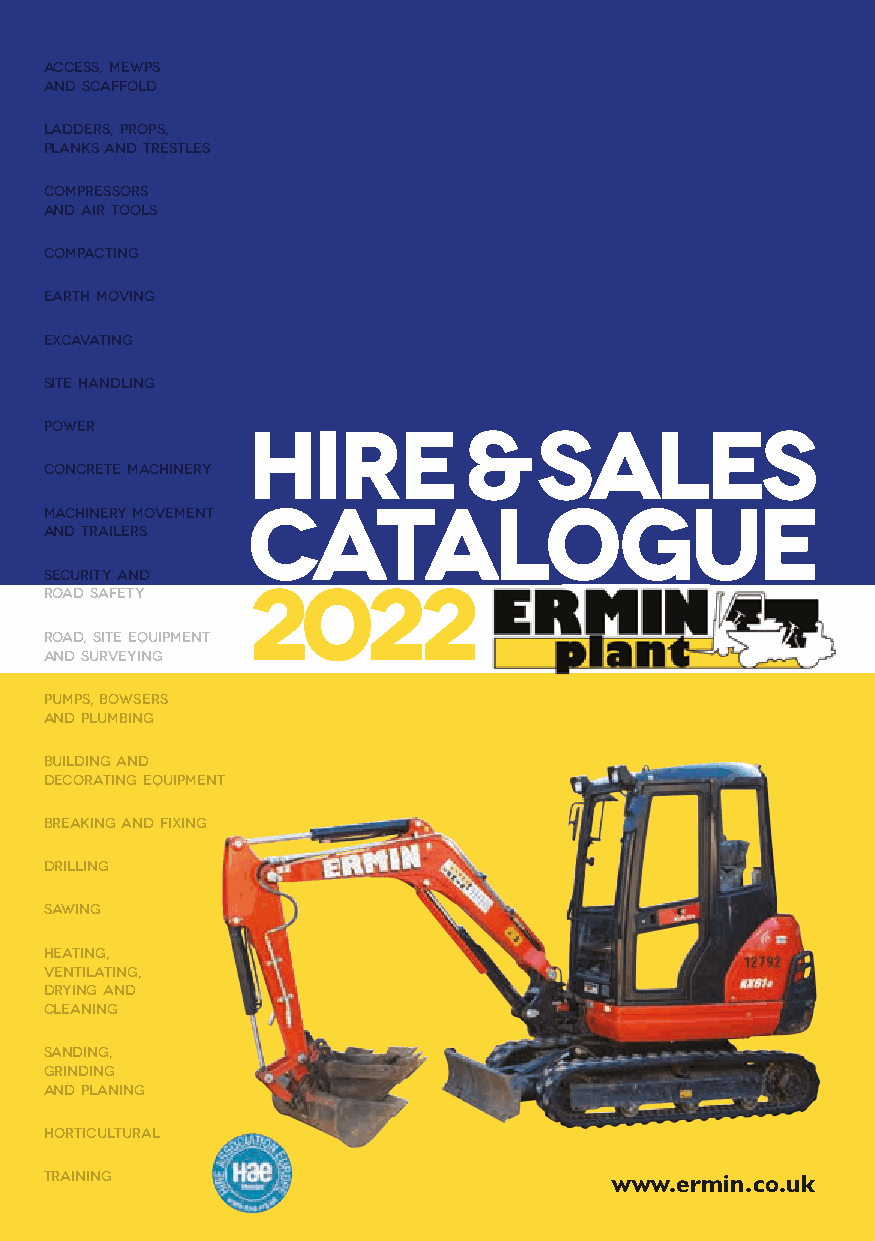
AAcccceessss,, MMEEWWPPSS
 aanndd SSccaaffffoolldd
 LLaaddddeerrss,, PPrrooppss,,
 PPllaannkkss aanndd TTrreessttlleess
 CCoommpprreessssoorrss
 aanndd AAiirr TToooollss
 CCoommppaaccttiinngg
 EEaarrtthh MMoovviinngg
 EExxccaavvaattiinngg
 SSiittee HHaannddlliinngg
 PPoowweerr
 HIRE&SALES
 CCoonnccrreettee MMaacchhiinneerryy
 MMaacchhiinneerryy MMoovveemmeenntt CATALOGUE
 aanndd TTrraaiilleerrss
 SSeeccuurriittyy aanndd
 Road Safety  2022
 Road, Site Equipment
 and Surveying
 Pumps, Bowsers
 and Plumbing
 Building and
 Decorating Equipment
 Breaking and Fixing
 Drilling
 Sawing
 Heating,
 Ventilating,
 Drying and
 Cleaning
 Sanding,
 Grinding
 and Planing
 Horticultural
 Training                              www.ermin.co.uk
 PAGE 1